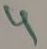
Text: 4